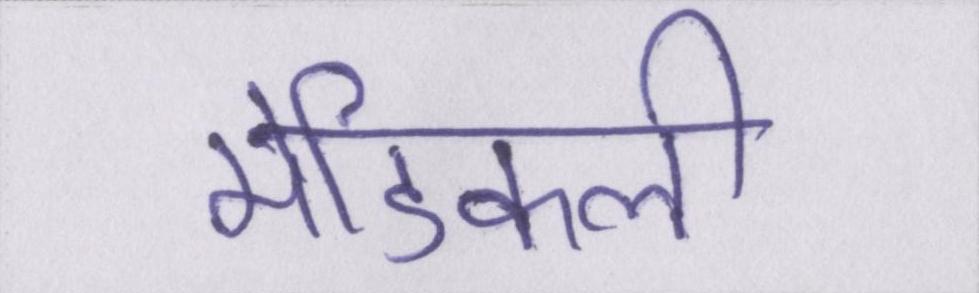
मेडिकली